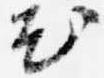
花